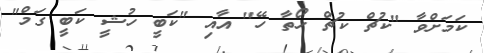
ކަމަށްވާ "ކުޗް ކުޗް ހޯތާ ހޭ" އާއި "ކަބީ ހުޝީ ކަބީ ގަމް"